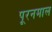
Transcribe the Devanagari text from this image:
पूरनमाल